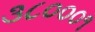
૩૮૦૦૦૧